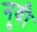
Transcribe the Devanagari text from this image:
नूबी